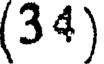
(3 4)